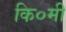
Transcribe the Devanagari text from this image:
कि०मी